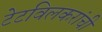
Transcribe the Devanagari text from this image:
टेटविलकरांची